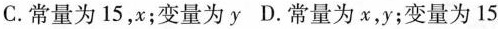
C.常量为15，x；变量为y D.常量为x，y；变量为15